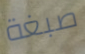
صبغة